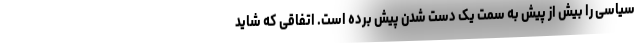
سیاسی را بیش از پیش به سمت یک دست شدن پیش برده است. اتفاقی که شاید